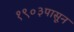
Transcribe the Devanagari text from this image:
१९०३पासून